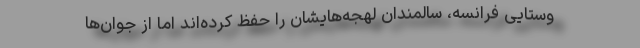
وستایی فرانسه، سالمندان لهجه‌‌هایشان را حفظ کرده‌اند اما از جوان‌ها